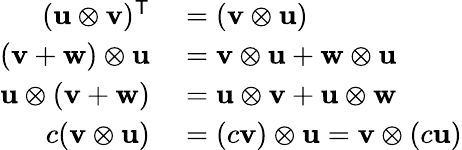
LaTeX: \begin{array}{rl}{(\mathbf{u}\otimes\mathbf{v})^{\mathsf{T}}}&{{}=(\mathbf{v}\otimes\mathbf{u})}\\ {(\mathbf{v}+\mathbf{w})\otimes\mathbf{u}}&{{}=\mathbf{v}\otimes\mathbf{u}+\mathbf{w}\otimes\mathbf{u}}\\ {\mathbf{u}\otimes(\mathbf{v}+\mathbf{w})}&{{}=\mathbf{u}\otimes\mathbf{v}+\mathbf{u}\otimes\mathbf{w}}\\ {c(\mathbf{v}\otimes\mathbf{u})}&{{}=(c\mathbf{v})\otimes\mathbf{u}=\mathbf{v}\otimes(c\mathbf{u})}\end{array}